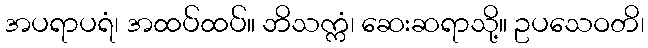
အပရာပရံ၊ အထပ်ထပ်။ ဘိသက္ကံ၊ ဆေးဆရာသို့။ ဥပသေဝတိ၊